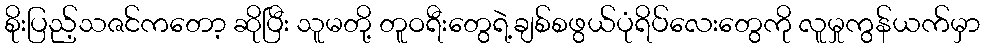
စိုးပြည့်သဇင်ကတော့ ဆိုပြီး သူမတို့ တူဝရီးတွေရဲ့ချစ်စဖွယ်ပုံရိပ်လေးတွေကို လူမှုကွန်ယက်မှာ